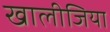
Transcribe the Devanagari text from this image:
खालीजिया